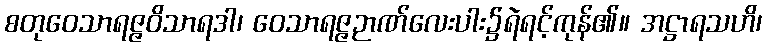
စတုဝေသာရဇ္ဇဝိသာရဒါ၊ ဝေသာရဇ္ဇဉာဏ်လေးပါး၌ရဲရင့်ကုန်၏။ အဋ္ဌာရသဟိ၊